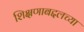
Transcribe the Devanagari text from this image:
शिक्षणाबद्दलच्या